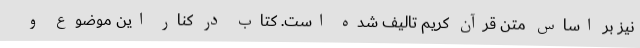
نیز بر اساس متن قرآن کریم تالیف شده است. کتاب در کنار این موضوع و